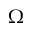
\Omega